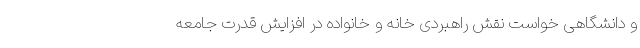
و دانشگاهی خواست نقش راهبردی خانه و خانواده در افزایش قدرت جامعه